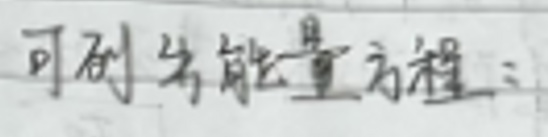
可列出能量方程：